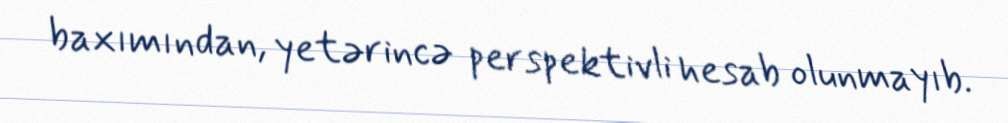
baxımından, yetərincə perspektivli hesab olunmayıb.